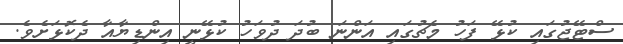
ސްޓޭޖުގައި ކުޅޭ ފަހު މެޗުގައި އަންނަ ބުދަ ދުވަހު ކުޅޭނީ އިންޑިޔާއާ ދެކޮޅަށެވެ.